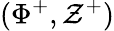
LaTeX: (\Phi^{+},\mathcal{Z}^{+})